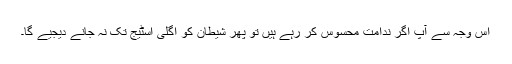
اس وجہ سے آپ اگر ندامت محسوس کر رہے ہیں تو پھر شیطان کو اگلی اسٹیج تک نہ جانے دیجیے گا۔